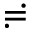
\risingdotseq